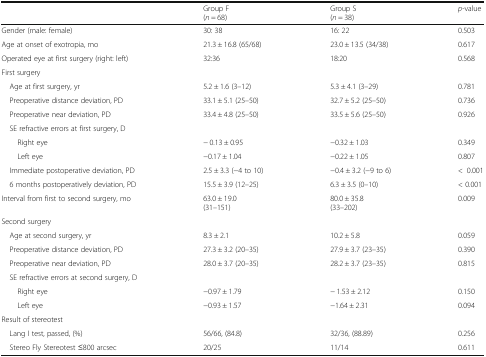
<table><thead><tr><td></td><td><b>Group F(<i>n</i> = 68)</b></td><td><b>Group S(<i>n</i> = 38)</b></td><td><b><i>p</i>-value</b></td></tr></thead><tbody><tr><td>Gender (male: female)</td><td>30: 38</td><td>16: 22</td><td>0.503</td></tr><tr><td>Age at onset of exotropia, mo</td><td>21.3 ± 16.8 (65/68)</td><td>23.0 ± 13.5 (34/38)</td><td>0.617</td></tr><tr><td>Operated eye at first surgery (right: left)</td><td>32:36</td><td>18:20</td><td>0.568</td></tr><tr><td colspan="4">First surgery</td></tr><tr><td> Age at first surgery, yr</td><td>5.2 ± 1.6 (3–12)</td><td>5.3 ± 4.1 (3–29)</td><td>0.781</td></tr><tr><td> Preoperative distance deviation, PD</td><td>33.1 ± 5.1 (25–50)</td><td>32.7 ± 5.2 (25–50)</td><td>0.736</td></tr><tr><td> Preoperative near deviation, PD</td><td>33.4 ± 4.8 (25–50)</td><td>33.5 ± 5.6 (25–50)</td><td>0.926</td></tr><tr><td colspan="4"> SE refractive errors at first surgery, D</td></tr><tr><td>Right eye</td><td>− 0.13 ± 0.95</td><td>−0.32 ± 1.03</td><td>0.349</td></tr><tr><td>Left eye</td><td>−0.17 ± 1.04</td><td>−0.22 ± 1.05</td><td>0.807</td></tr><tr><td> Immediate postoperative deviation, PD</td><td>2.5 ± 3.3 (−4 to 10)</td><td>−0.4 ± 3.2 (−9 to 6)</td><td>&lt;0.001</td></tr><tr><td> 6 months postoperatively deviation, PD</td><td>15.5 ± 3.9 (12–25)</td><td>6.3 ± 3.5 (0–10)</td><td>&lt; 0.001</td></tr><tr><td>Interval from first to second surgery, mo</td><td>63.0 ± 19.0(31–151)</td><td>80.0 ± 35.8(33–202)</td><td>0.009</td></tr><tr><td colspan="4">Second surgery</td></tr><tr><td> Age at second surgery, yr</td><td>8.3 ± 2.1</td><td>10.2 ± 5.8</td><td>0.059</td></tr><tr><td> Preoperative distance deviation, PD</td><td>27.3 ± 3.2 (20–35)</td><td>27.9 ± 3.7 (23–35)</td><td>0.390</td></tr><tr><td> Preoperative near deviation, PD</td><td>28.0 ± 3.7 (20–35)</td><td>28.2 ± 3.7 (23–35)</td><td>0.815</td></tr><tr><td colspan="4"> SE refractive errors at second surgery, D</td></tr><tr><td>Right eye</td><td>−0.97 ± 1.79</td><td>− 1.53 ± 2.12</td><td>0.150</td></tr><tr><td>Left eye</td><td>−0.93 ± 1.57</td><td>−1.64 ± 2.31</td><td>0.094</td></tr><tr><td colspan="4">Result of stereotest</td></tr><tr><td> Lang I test, passed, (%)</td><td>56/66, (84.8)</td><td>32/36, (88.89)</td><td>0.256</td></tr><tr><td> Stereo Fly Stereotest ≤800 arcsec</td><td>20/25</td><td>11/14</td><td>0.611</td></tr></tbody></table>